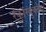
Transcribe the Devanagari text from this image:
रेकांस्त्रुक्टेद